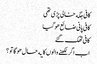
کافی جگه خالی پڑی تھی
کافی پانی ضائع هو گیا
کافی تھک گئے
اب اگر لکھنے والوں کا یه حال هو گا تو ؟